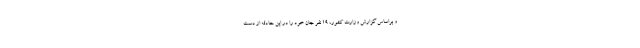
و براساس گزارش وزارت کشور، ۱۹ نفر جان خود را در این حادثه از دست